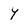
Character: Y